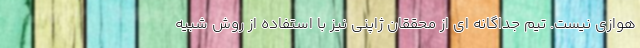
هوازی نیست. تیم جداگانه ای از محققان ژاپنی نیز با استفاده از روش شبیه